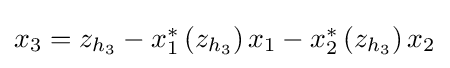
{\textstyle x_{3}=z_{h_{3}}-x_{1}^{*}\left(z_{h_{3}}\right)x_{1}-x_{2}^{*}\left(z_{h_{3}}\right)x_{2}}